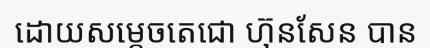
ដោយសម្តេចតេជោ ហ៊ុនសែន បាន